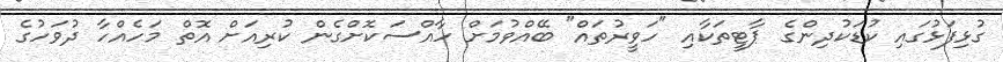
ގުޅިފަޅުގައި ކުޑަކުދިންގެ ޕާޓީތަކާއި "ހަވީރުތައް" ބޭއްވުމަށް ހާއްސަކޮށްގެން ކުރިއަށް އޮތް މަހެއްހާ ދުވަހުގެ